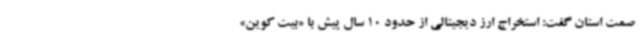
صمت استان گفت: استخراج ارز دیجیتالی از حدود 10 سال پیش با «بیت کوین»